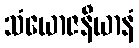
သံယောဇနီယာနံ